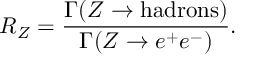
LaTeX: R _ { Z } = \frac { \Gamma ( Z \rightarrow \mathrm { h a d r o n s } ) } { \Gamma ( Z \rightarrow e ^ { + } e ^ { - } ) } .